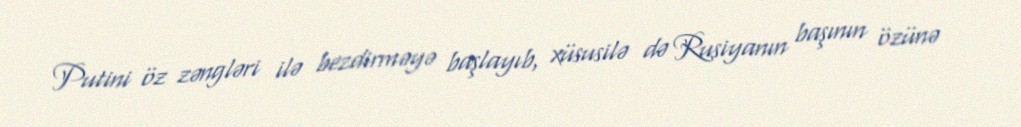
Putini öz zəngləri ilə bezdirməyə başlayıb, xüsusilə də Rusiyanın başının özünə